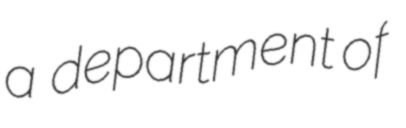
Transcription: a  department of